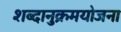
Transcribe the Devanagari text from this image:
शब्दानुक्रमयोजना